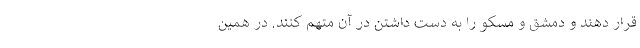
قرار دهند و دمشق و مسکو را به دست داشتن در آن متهم کنند. در همین